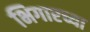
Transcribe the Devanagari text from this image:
भिगारच्या